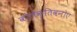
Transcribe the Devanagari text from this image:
कोलेक्तिवनोए